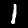
Digit: 1